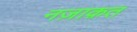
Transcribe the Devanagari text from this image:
नज़ाक़त